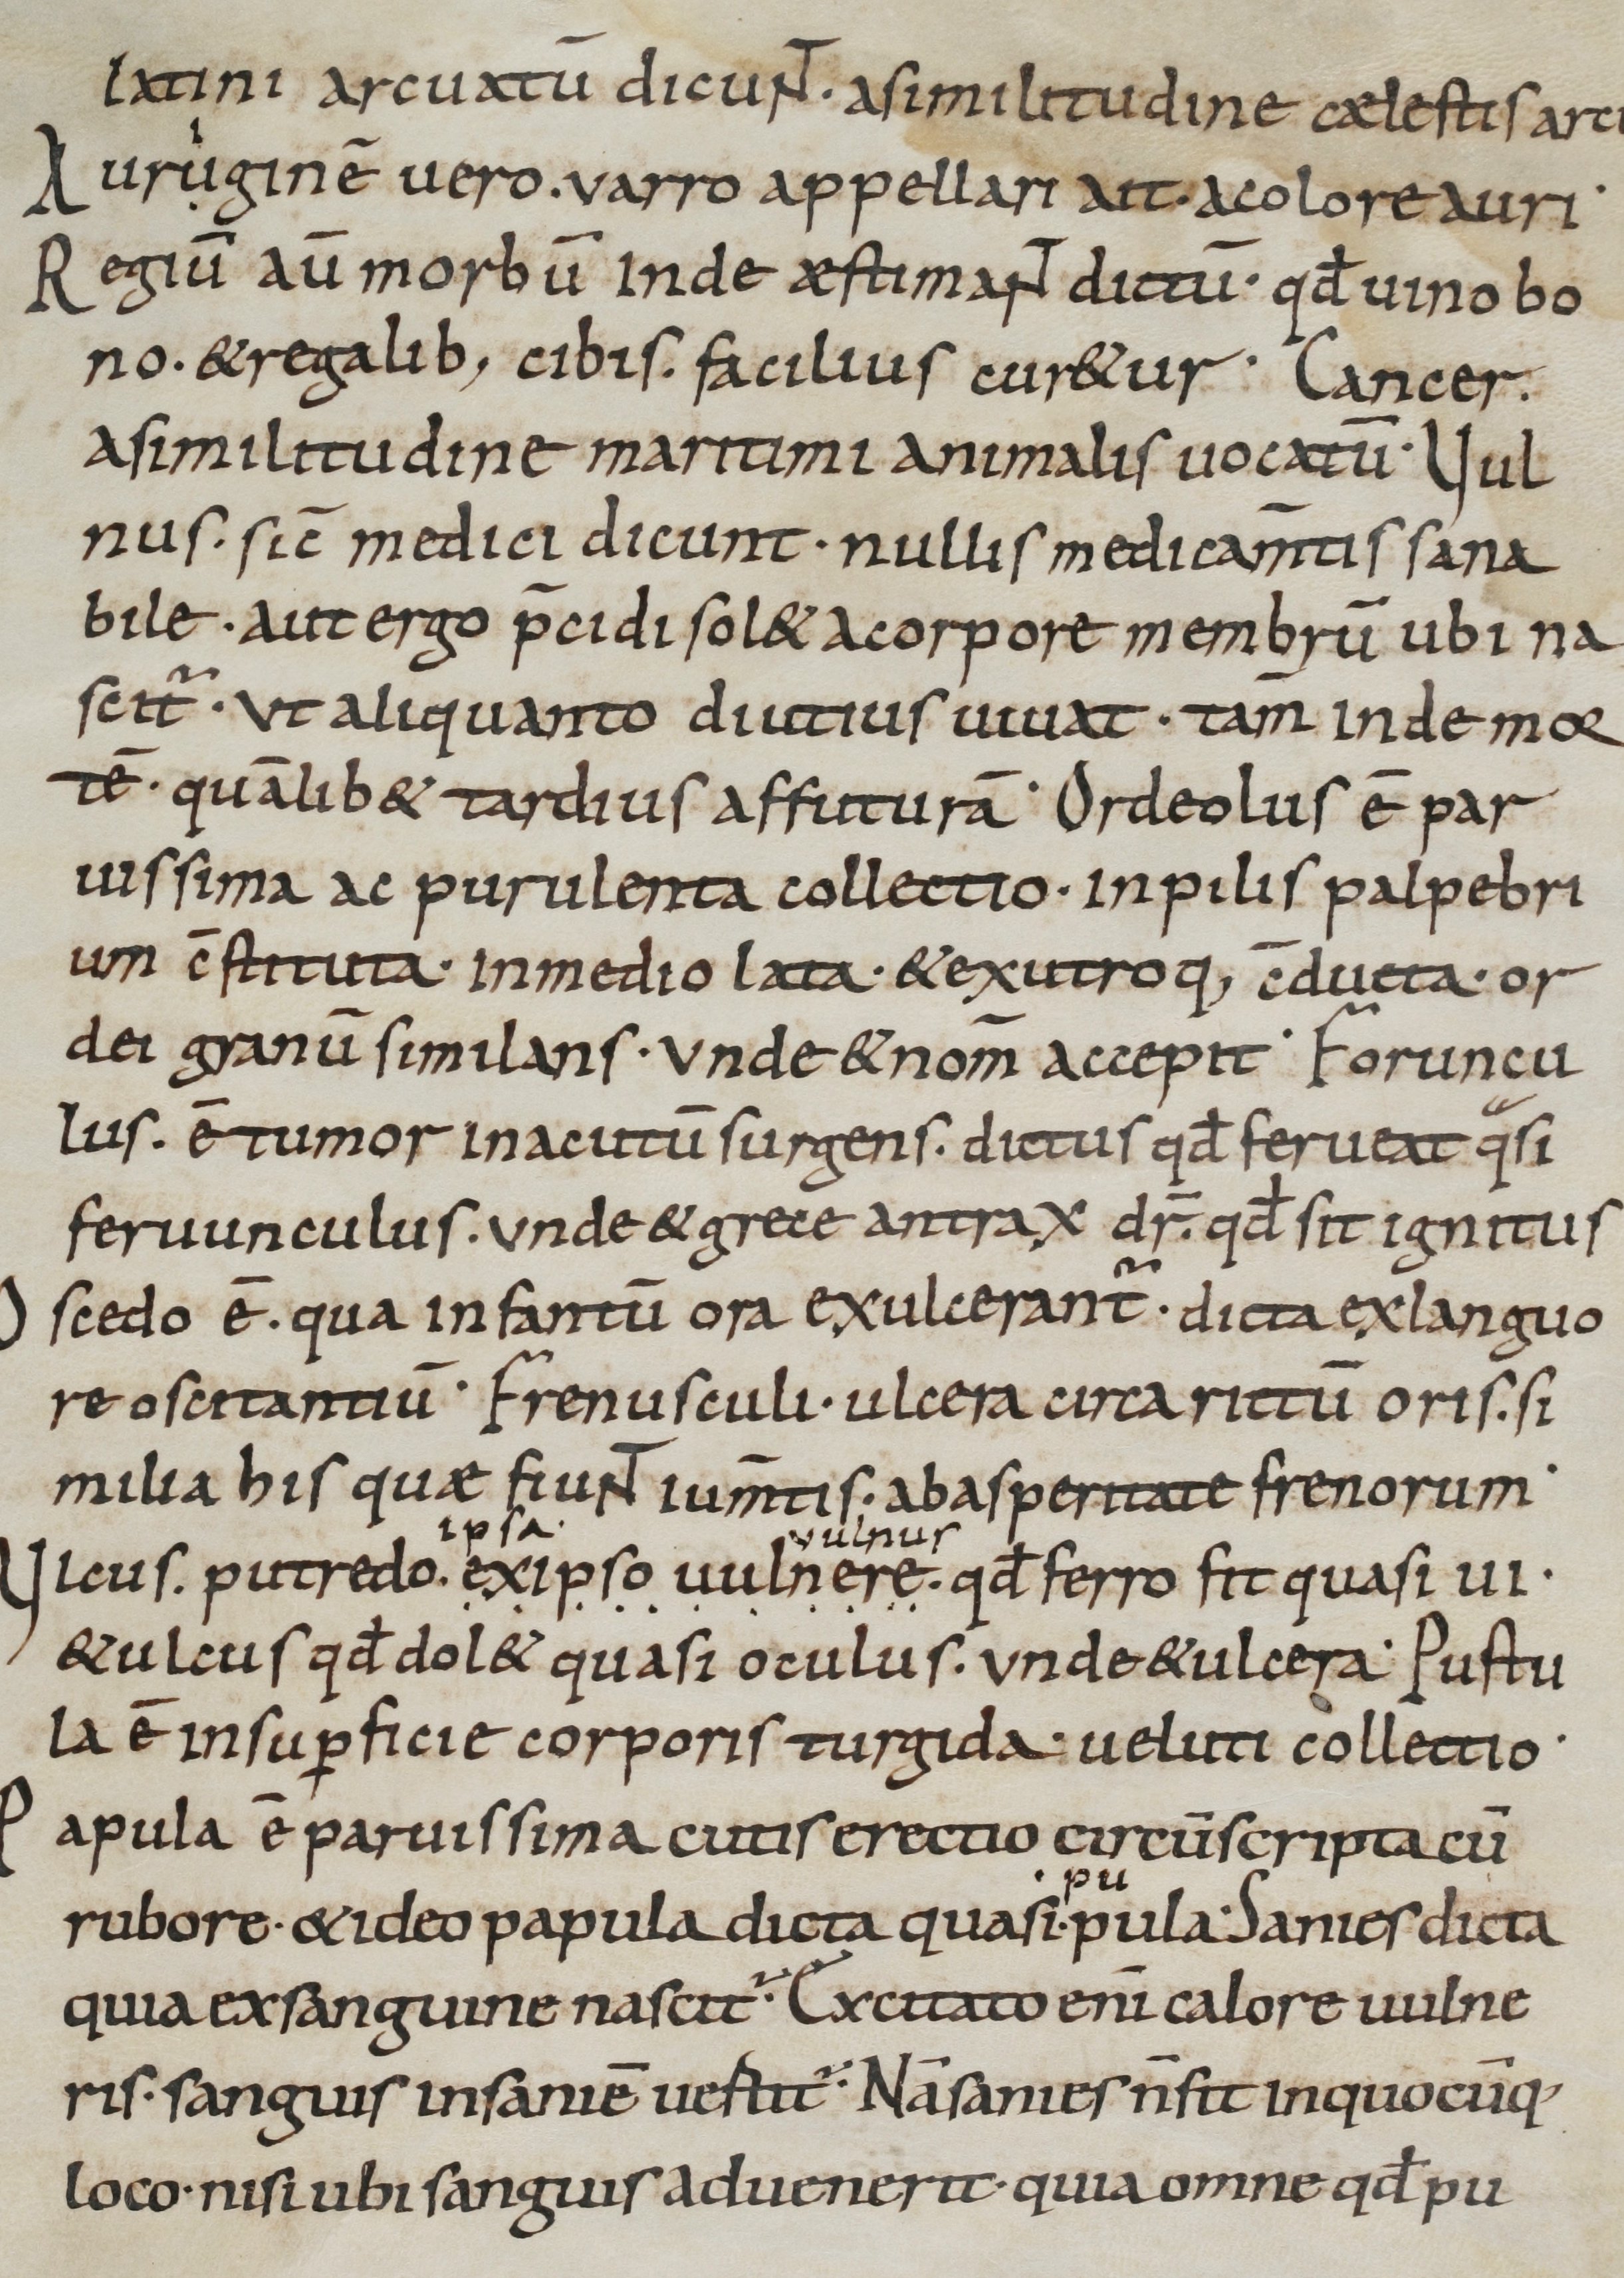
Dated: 900–1099